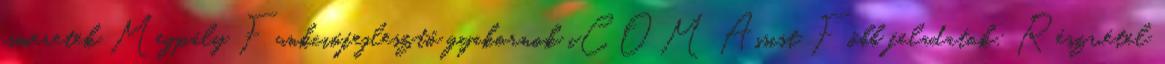
ismeretek Megpály Funkciófejlesztő gyakornok iCOM Assist Főbb feladatok: Részvétel